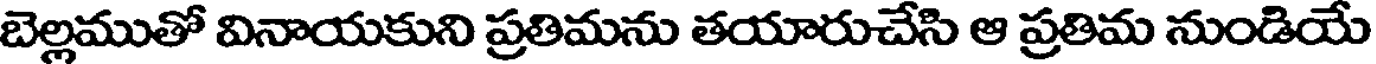
బెల్లముతో వినాయకుని ప్రతిమను తయారుచేసి ఆ ప్రతిమ నుండియే